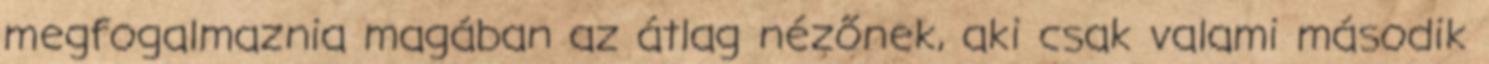
megfogalmaznia magában az átlag nézőnek, aki csak valami második